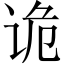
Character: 诡